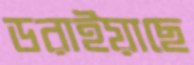
ডরাইয়াছে